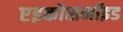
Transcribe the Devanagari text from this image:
एइकोसनॉइड